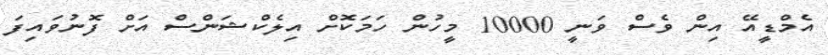
އެމްޑީއޭ އިން ވެސް ވަނީ 10000 މީހުން ހަމަކޮށް އިލެކްޝަންސް އަށް ފޮނުވައިފަ